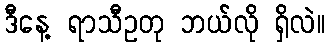
ဒီနေ့ ရာသီဥတု ဘယ်လို ရှိလဲ။